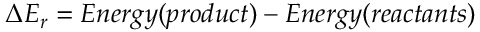
\Delta E _ { r } = E n e r g y ( p r o d u c t ) - E n e r g y ( r e a c t a n t s )